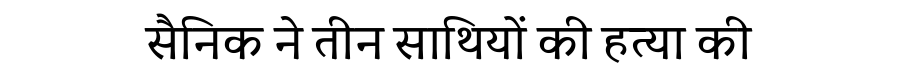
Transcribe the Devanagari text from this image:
सैनिक ने तीन साथियों की हत्या की